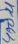
Text: 420u